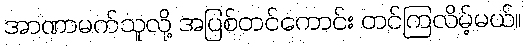
အာဏာမက်သူလို့ အပြစ်တင်ကောင်း တင်ကြလိမ့်မယ်။